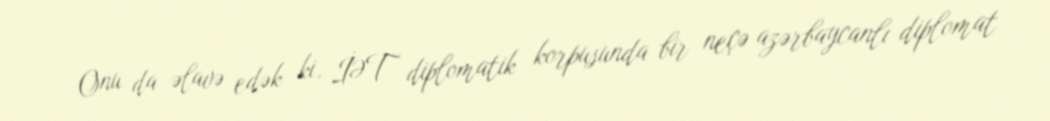
Onu da əlavə edək ki, İƏT diplomatik korpusunda bir neçə azərbaycanlı diplomat